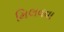
મિલવવા